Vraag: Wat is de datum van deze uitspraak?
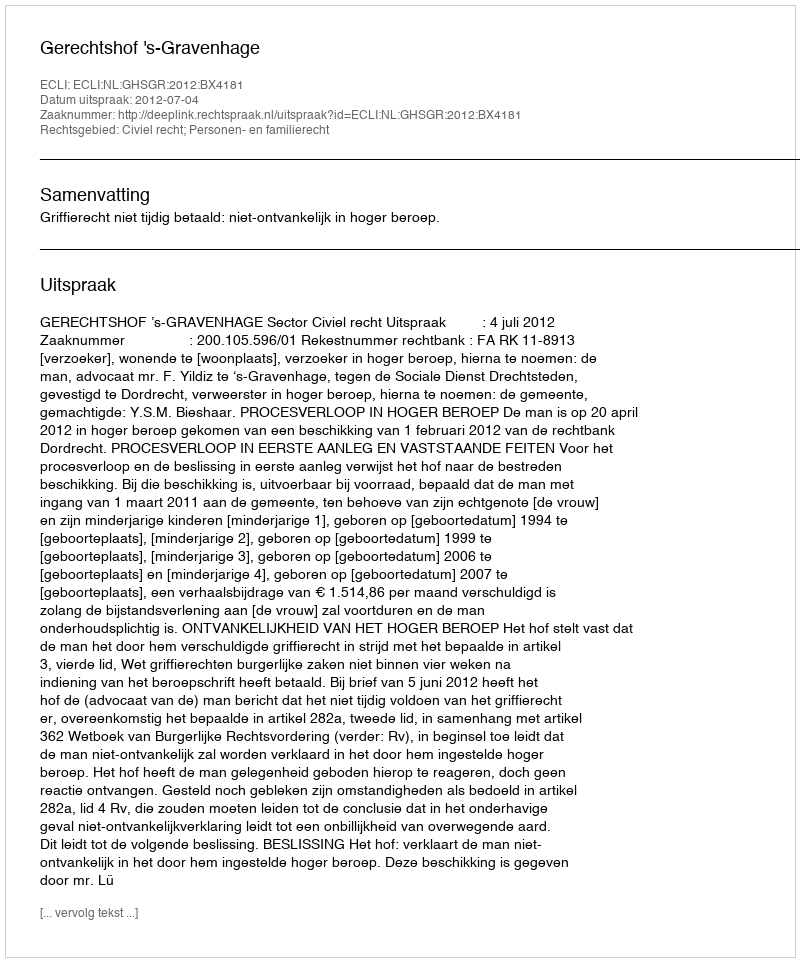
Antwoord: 2012-07-04